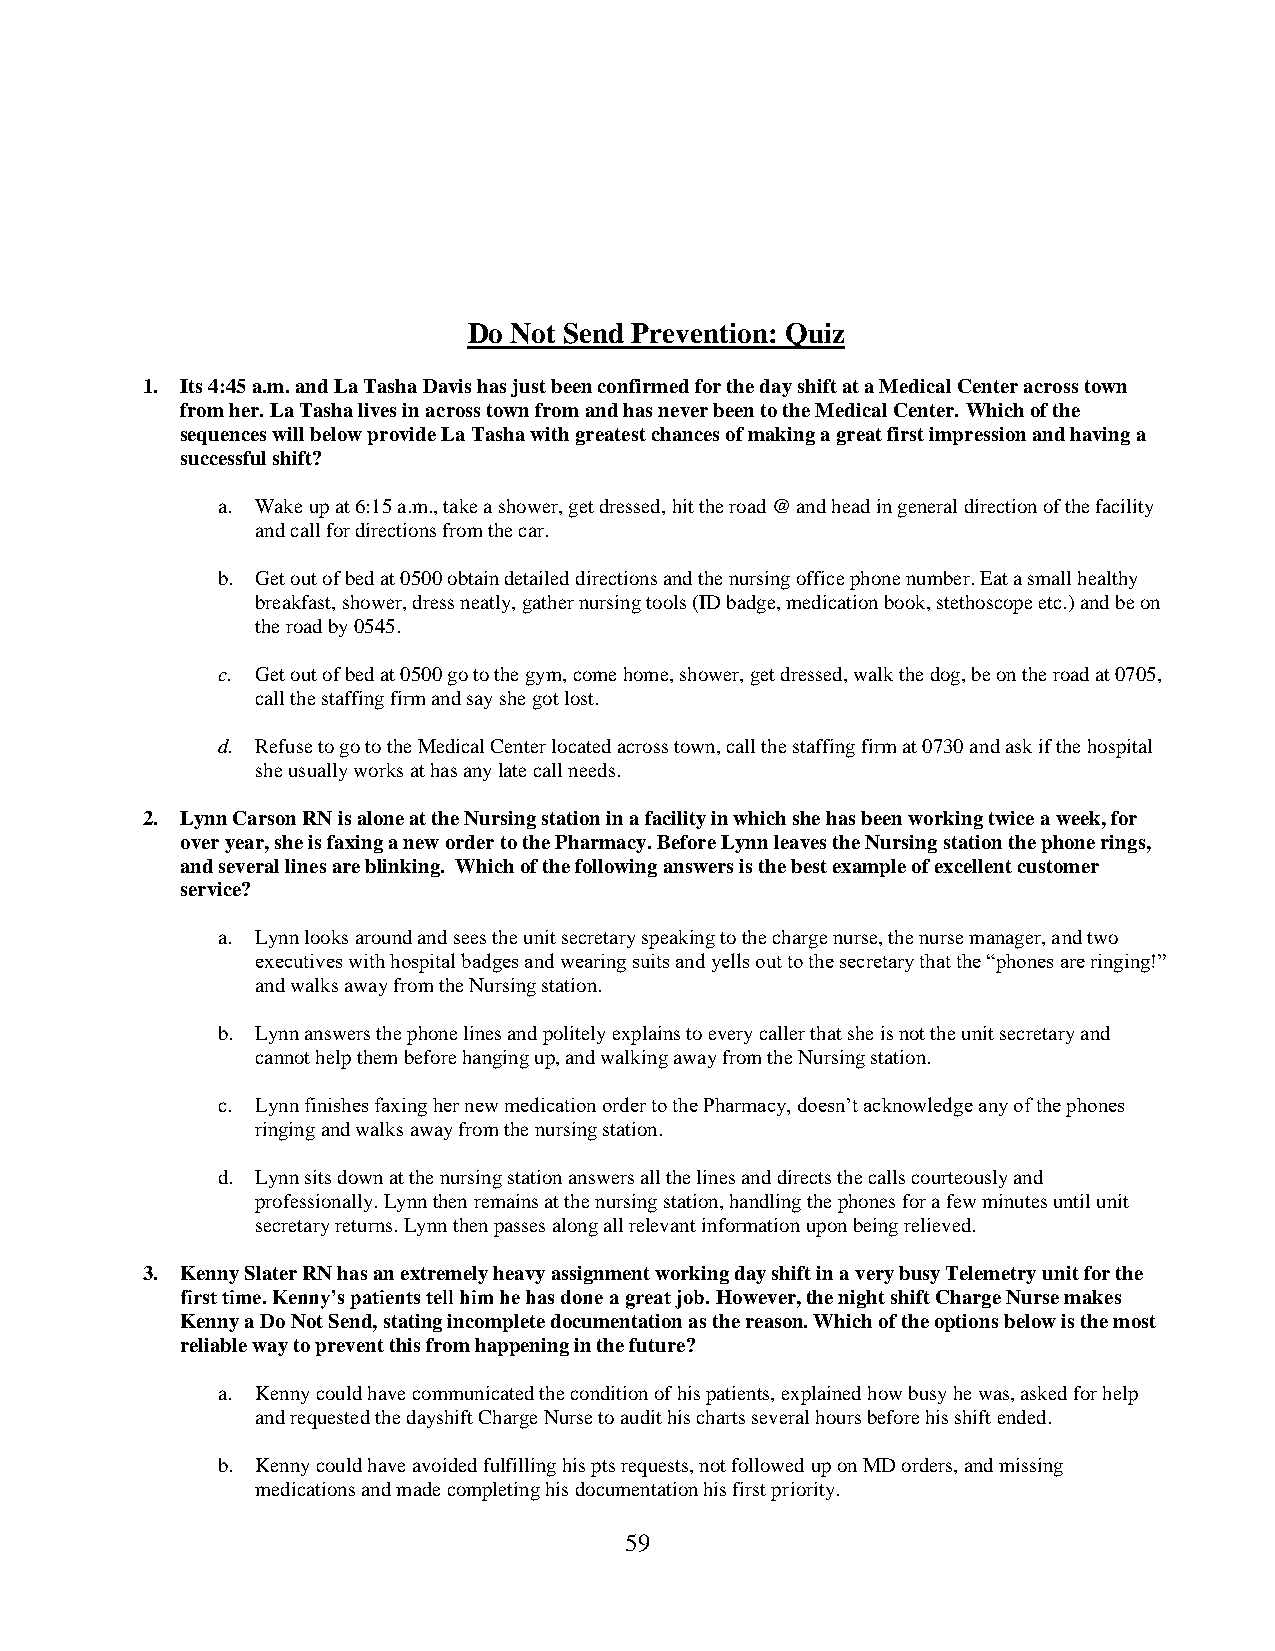
Do Not Send Prevention: Quiz
 1. Its 4:45 a.m. and La Tasha Davis has just been confirmed for the day shift at a Medical Center across town
 from her. La Tasha lives in across town from and has never been to the Medical Center. Which of the
 sequences will below provide La Tasha with greatest chances of making a great first impression and having a
 successful shift?
 a. Wake up at 6:15 a.m., take a shower, get dressed, hit the road @ and head in general direction of the facility
 and call for directions from the car.
 b. Get out of bed at 0500 obtain detailed directions and the nursing office phone number. Eat a small healthy
 breakfast, shower, dress neatly, gather nursing tools (ID badge, medication book, stethoscope etc.) and be on
 the road by 0545.
 c. Get out of bed at 0500 go to the gym, come home, shower, get dressed, walk the dog, be on the road at 0705,
 call the staffing firm and say she got lost.
 d. Refuse to go to the Medical Center located across town, call the staffing firm at 0730 and ask if the hospital
 she usually works at has any late call needs.
 2. Lynn Carson RN is alone at the Nursing station in a facility in which she has been working twice a week, for
 over year, she is faxing a new order to the Pharmacy. Before Lynn leaves the Nursing station the phone rings,
 and several lines are blinking. Which of the following answers is the best example of excellent customer
 service?
 a. Lynn looks around and sees the unit secretary speaking to the charge nurse, the nurse manager, and two
 executives with hospital badges and wearing suits and yells out to the secretary that the “phones are ringing!”
 and walks away from the Nursing station.
 b. Lynn answers the phone lines and politely explains to every caller that she is not the unit secretary and
 cannot help them before hanging up, and walking away from the Nursing station.
 c. Lynn finishes faxing her new medication order to the Pharmacy, doesn’t acknowledge any of the phones
 ringing and walks away from the nursing station.
 d. Lynn sits down at the nursing station answers all the lines and directs the calls courteously and
 professionally. Lynn then remains at the nursing station, handling the phones for a few minutes until unit
 secretary returns. Lynn then passes along all relevant information upon being relieved.
 3. Kenny Slater RN has an extremely heavy assignment working day shift in a very busy Telemetry unit for the
 first time. Kenny’s patients tell him he has done a great job. However, the night shift Charge Nurse makes
 Kenny a Do Not Send, stating incomplete documentation as the reason. Which of the options below is the most
 reliable way to prevent this from happening in the future?
 a. Kenny could have communicated the condition of his patients, explained how busy he was, asked for help
 and requested the dayshift Charge Nurse to audit his charts several hours before his shift ended.
 b. Kenny could have avoided fulfilling his pts requests, not followed up on MD orders, and missing
 medications and made completing his documentation his first priority.
 59